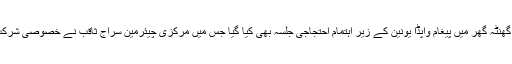
چوک گھنٹہ گھر میں پیغام واپڈا یونین کے زیر اہتمام احتجاجی جلسہ بھی کیا گیا جس میں مرکزی چیئرمین سراج ثاقب نے خصوصی شرکت کی۔